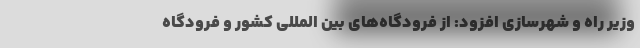
وزیر راه و شهرسازی افزود: از فرودگاه‌های بین المللی کشور و فرودگاه